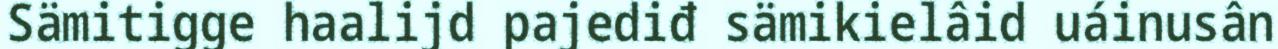
Sämitigge haalijd pajediđ sämikielâid uáinusân